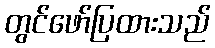
တွင်ဖော်ပြထားသည်